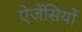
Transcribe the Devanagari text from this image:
ऐजेंसियों